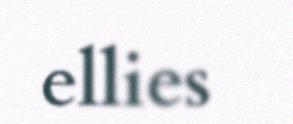
ellies